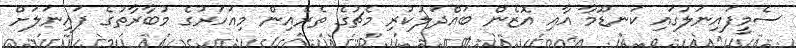
ސެމީފައިނަލުގައި ކަނޑޫމާ އާއި އޮޒެން ބައްދަލުކުރި މެޗުގެ ތެރެއިން މިއަހަރުގެ މުބާރާތުގެ ފައިނަލަށް